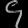
Digit: ၄